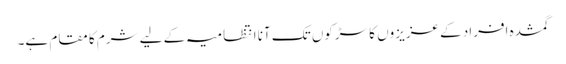
گمشدہ افراد کے عزیزوں کا سڑکوں تک آنا انتظامیہ کے لیے شرم کا مقام ہے۔